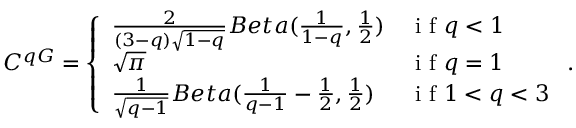
C ^ { q G } = \left\{ \begin{array} { l l } { \frac { 2 } { ( 3 - q ) \sqrt { 1 - q } } B e t a ( \frac { 1 } { 1 - q } , \frac { 1 } { 2 } ) } & { \mathrm { ~ i ~ f ~ } q < 1 } \\ { \sqrt { \pi } } & { \mathrm { ~ i ~ f ~ } q = 1 } \\ { \frac { 1 } { \sqrt { q - 1 } } B e t a ( \frac { 1 } { q - 1 } - \frac { 1 } { 2 } , \frac { 1 } { 2 } ) } & { \mathrm { ~ i ~ f ~ } 1 < q < 3 } \end{array} \right. .